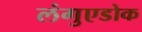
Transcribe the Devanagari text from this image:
लंगुएडोक